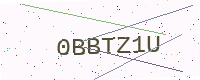
Text: 0BBTZ1U